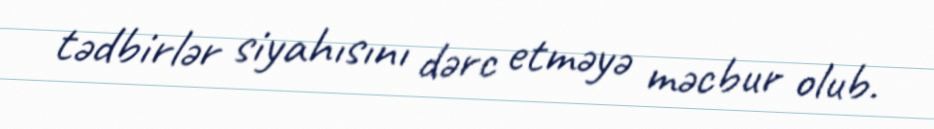
tədbirlər siyahısını dərc etməyə məcbur olub.